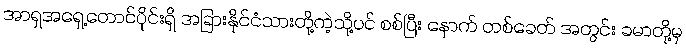
အာရှအရှေ့တောင်ပိုင်းရှိ အခြားနိုင်ငံသားတို့ကဲ့သို့ပင် စစ်ပြီး နောက် တစ်ခေတ် အတွင်း ခမာတို့မှ